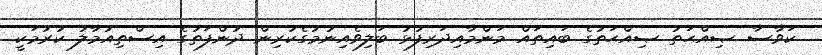
ކަވާސާ ޞިއްޙަތު ޞިއްޙަތުގެ ބައިތައް މަންމާއިދަރިފުޅު ބަލިވެއިނުމުގެކުރިން ދުންފަތުގެ އިސްތިއުމާލު ކުރުމަކީ